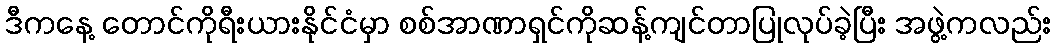
ဒီကနေ့ တောင်ကိုရီးယားနိုင်ငံမှာ စစ်အာဏာရှင်ကိုဆန့်ကျင်တာပြုလုပ်ခဲ့ပြီး အဖွဲ့ကလည်း